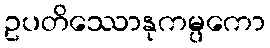
ဥပတိဿောနုကမ္ပကော